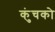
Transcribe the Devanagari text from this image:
कुंचको